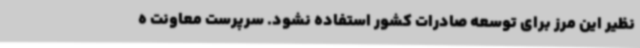
نظیر این مرز برای توسعه صادرات کشور استفاده نشود. سرپرست معاونت ه